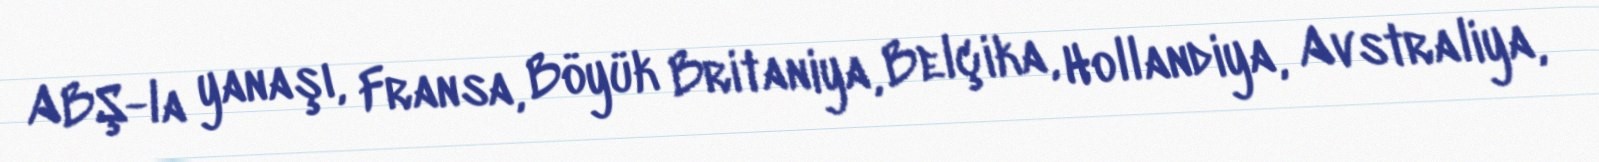
ABŞ-la yanaşı, Fransa, Böyük Britaniya, Belçika, Hollandiya, Avstraliya,